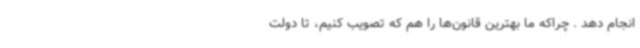
انجام دهد . چراکه ما بهترین قانون‌ها را هم که تصویب کنیم، تا دولت